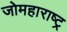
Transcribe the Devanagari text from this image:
जोमहाराष्ट्र